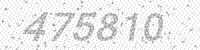
Solution: 475810